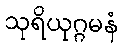
သုရိယုဂ္ဂမနံ